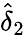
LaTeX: \hat{\delta}_{2}